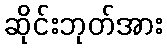
ဆိုင်းဘုတ်အား